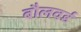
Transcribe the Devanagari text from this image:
बौलवर्ड